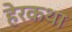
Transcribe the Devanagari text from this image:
हेरकथा